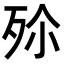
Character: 𣧠